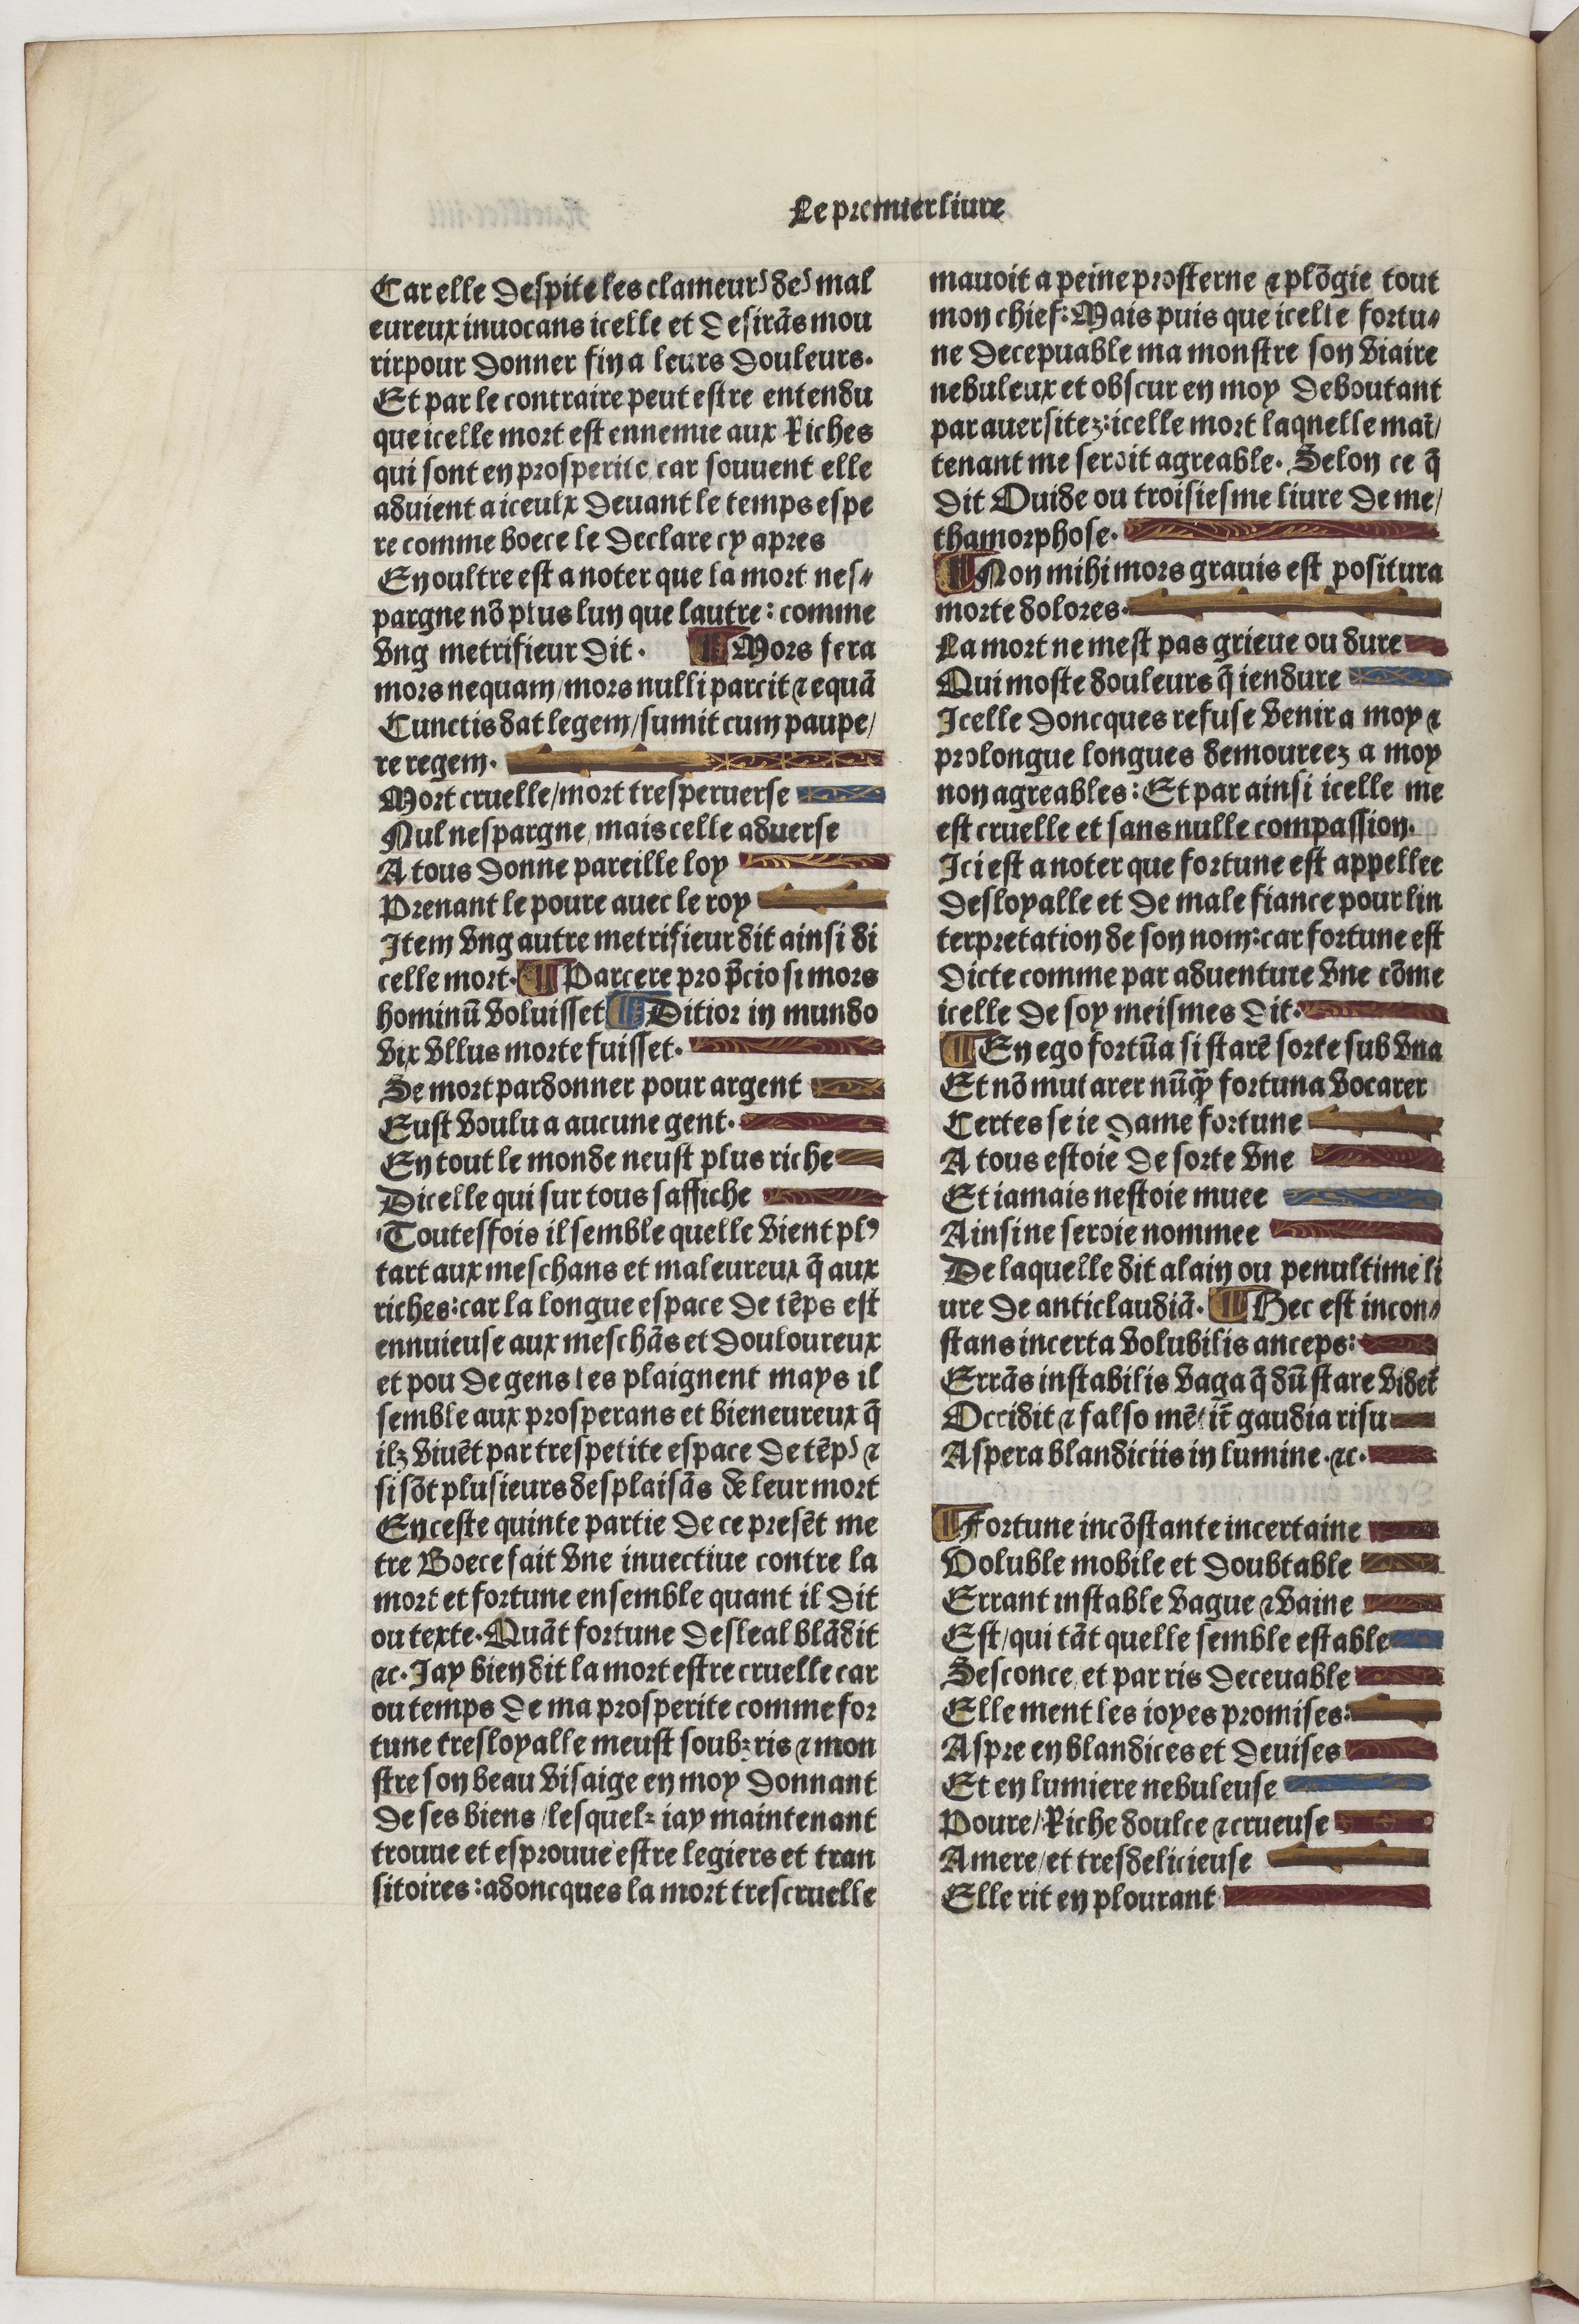
Shelfmark: Paris, BnF, Velins 488
Century: 15